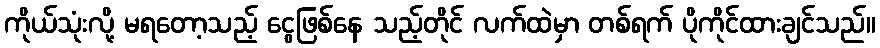
ကိုယ်သုံးလို့ မရတော့သည့် ငွေဖြစ်နေ သည့်တိုင် လက်ထဲမှာ တစ်ရက် ပိုကိုင်ထားချင်သည်။